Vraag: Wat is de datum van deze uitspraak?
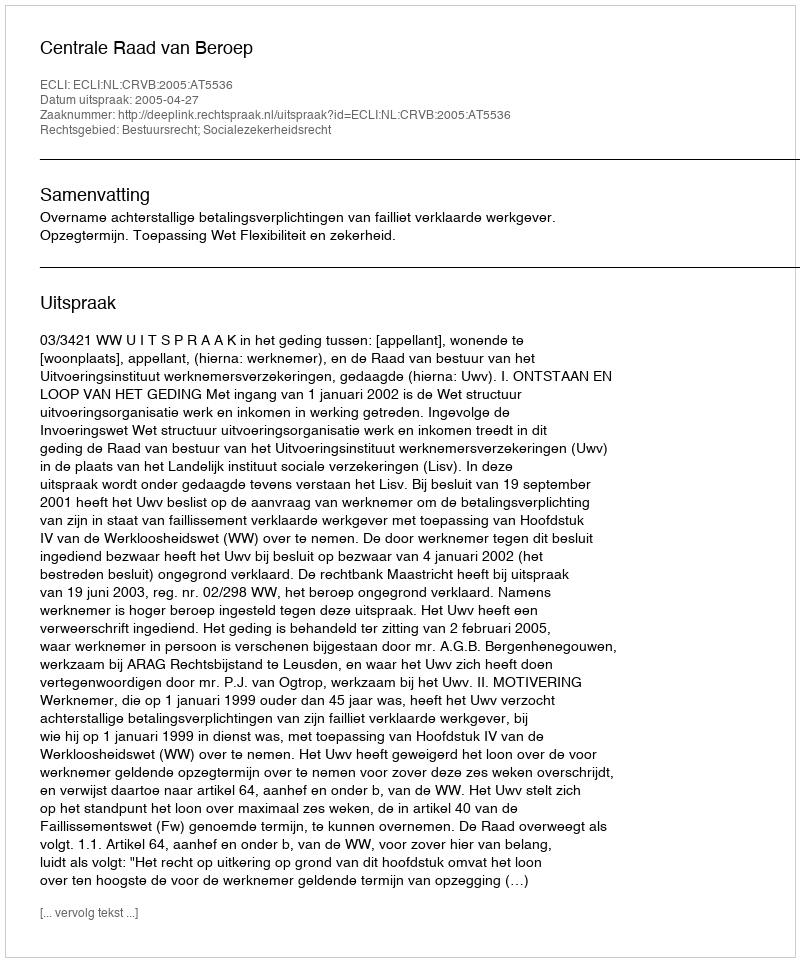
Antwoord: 2005-04-27